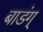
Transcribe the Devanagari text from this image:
बाडंग्